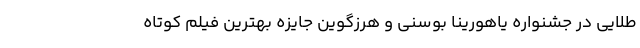
طلایی در جشنواره یاهورینا بوسنی و هرزگوین جایزه بهترین فیلم کوتاه